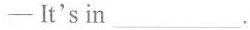
-It's in___.